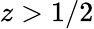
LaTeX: z>1/2